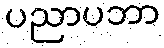
ပညာပဘာ